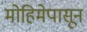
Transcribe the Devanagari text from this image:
मोहिमेपासून